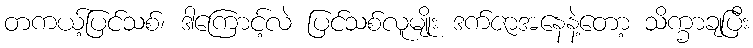
တကယ့်ပြင်သစ်၊ ဒါကြောင့်လဲ ပြင်သစ်လူမျိုး ဒက်ဇာအနေနဲ့တော့ သိက္ခာချပြီး